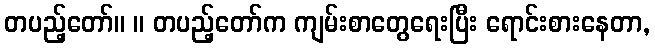
တပည့်တော်။ ။ တပည့်တော်က ကျမ်းစာတွေရေးပြီး ရောင်းစားနေတာ,